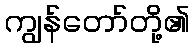
ကျွန်တော်တို့၏